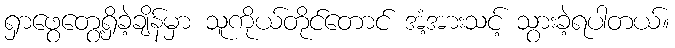
ရှာဖွေတွေ့ရှိခဲ့ချိန်မှာ သူကိုယ်တိုင်တောင် အံ့အားသင့် သွားခဲ့ရပါတယ်။